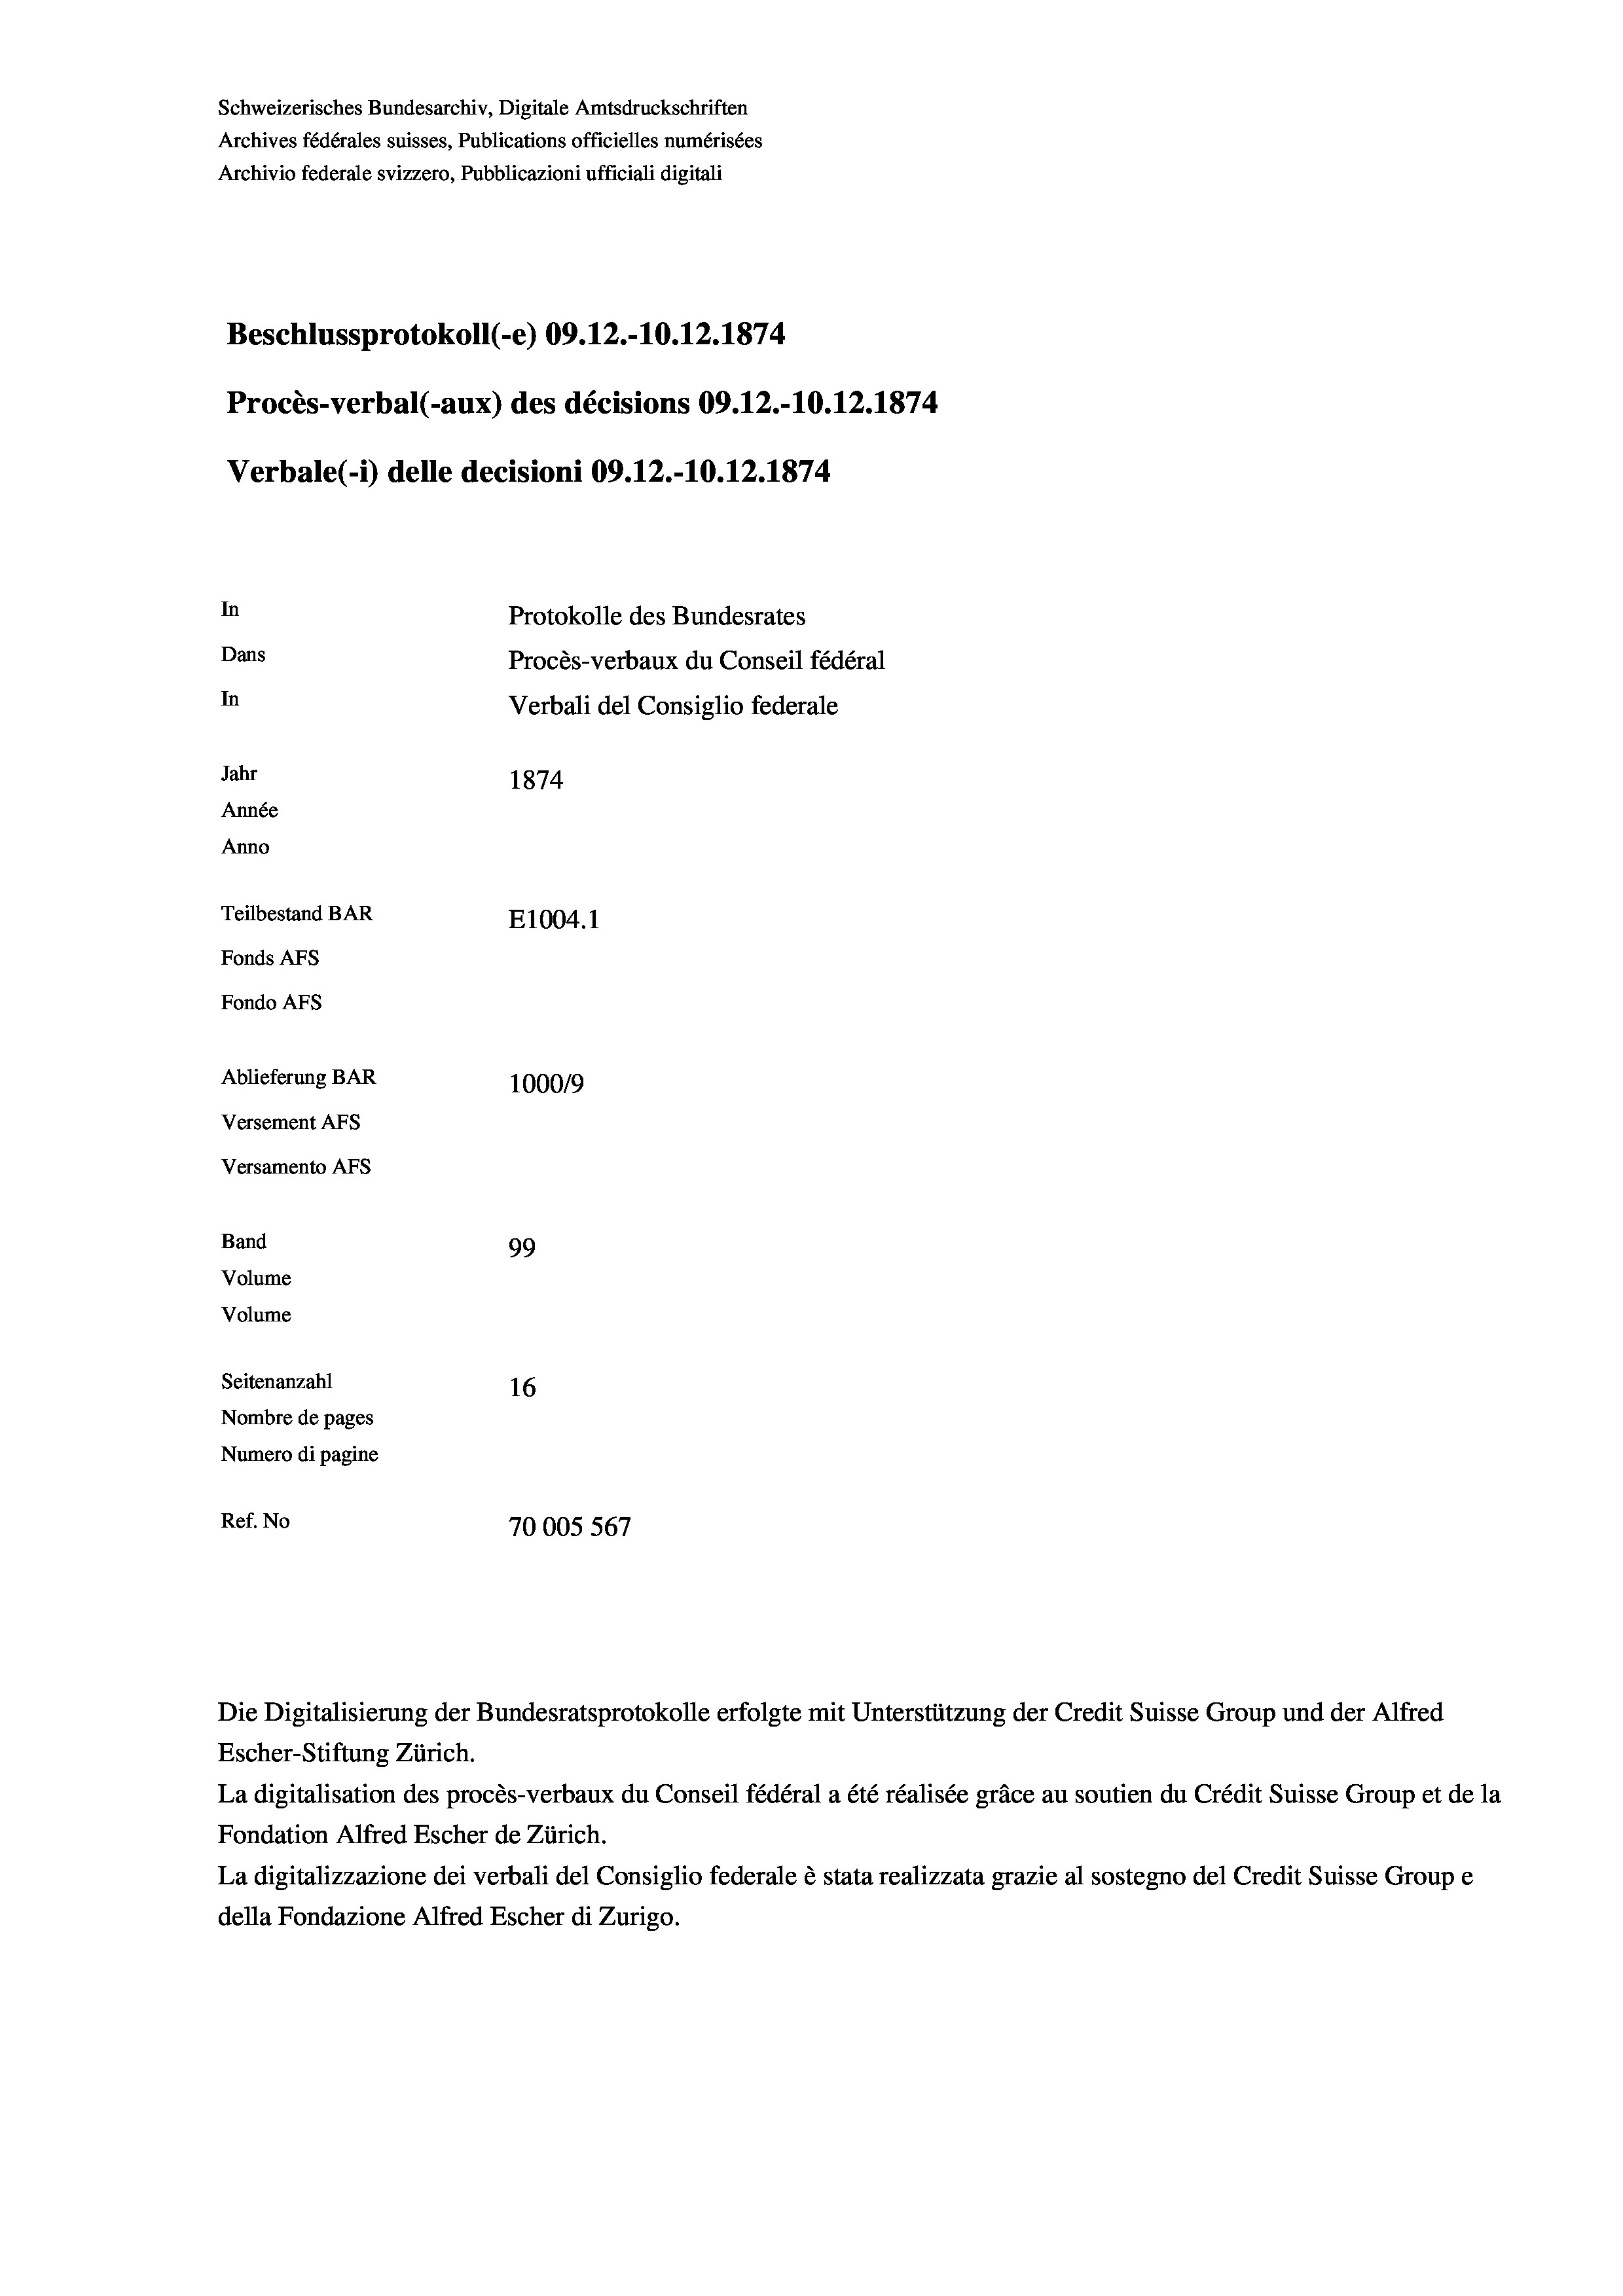
Schweizerisches Bundesarchiv, Digitale Amtsdruckschriften
Archives fédérales suisses, Publications officielles numérisées
Archivio federale svizzero, Pubblicazioni ufficiali digitali
Beschlussprotokoll (-e) 09.12.-10.12.1874
Procès-verbal (-aux) des décisions 09.12.-10.12.1874
Verbale (- 1) delle decisioni 09.12.-10.12.1874.
In
Protokolle des Bundesrates
Dans
Procès-verbaux du Conseil fédéral
In
Verbali del Consiglio federale
Jahr
1874
Année
Anno
Teilbestand BAR
E1004.1
Fonds AFs
Fondo AFS
Ablieferung BAR
100019
Versement Ans
Versamento Afs
Band
99
Volume
Volume
Seitenanzahl
16
Nombre de pages
Numero di pagine
Ref. No
70005 567

Die Digitalisierung der Bundesratsprotokolle erfolgte mit Unterstützung der Credit Suisse Group und der Alfred
Escher-Stiftung Zürich.
La digitalisation des procès-verbaux du Conseil fédéral a été réalisée gräce au soutien du Crédit Suisse Group et de la
Fondation Alfred Escher de Zürich.
La digitalizzazione dei verbali del Consiglio federale è stata realizzata grazie al sostegno del Credit Suisse Groupe
della Fondazione Alfred Escher di Zurigo.